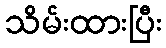
သိမ်းထားပြီး